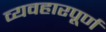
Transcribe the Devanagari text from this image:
व्यवहारपूर्ण